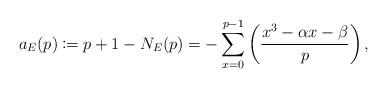
LaTeX: \begin{align*}\numberwithin{equation}{section}a_E(p) \coloneqq p + 1 - N_E(p) = -\sum_{x = 0}^{p-1} \left(\frac{x^3 - \alpha x - \beta}{p}\right),\end{align*}